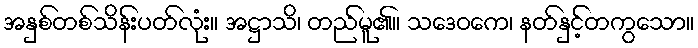
အနှစ်တစ်သိန်းပတ်လုံး။ အဋ္ဌာသိ၊ တည်မူ၏။ သဒေဝကေ၊ နတ်နှင့်တကွသော။